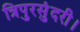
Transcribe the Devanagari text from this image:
त्रिपुरसुंदरी।